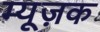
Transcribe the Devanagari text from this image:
म्यूज़क